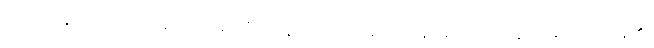
အာဟုနေယျာ၊ အဝေးမှဆောင်၍သီလဝန်ပုဂ္ဂိုလ်တို့အားလှူအပ်သော အလှူကို ခံထိုက်ကုန်၏။